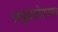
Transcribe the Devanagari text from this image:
अनुप्रयोगाच्या